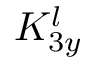
K _ { 3 y } ^ { l }